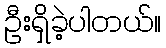
ဦးရှိခဲ့ပါတယ်။